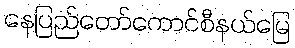
နေပြည်တော်ကောင်စီနယ်မြေ